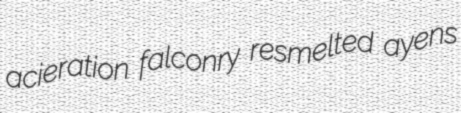
acieration falconry resmelted ayens